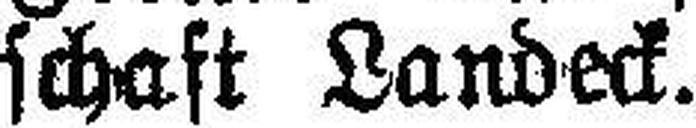
schaft Landeck.